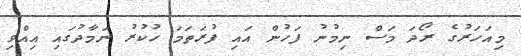
މިއަހަރުގެ ރޯދަ މަސް ނިމުނު ފަހުން އައި ފުރަތަމަ ހުކުރު ނަމާދުގައި އިއްވި